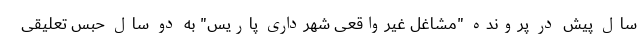
سال پیش در پرونده "مشاغل غیرواقعی شهرداری پاریس" به دو سال حبس تعلیقی